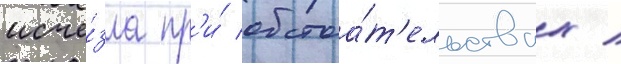
исче́зла пр'и́ обстоа́т'ельствах /